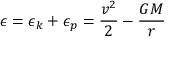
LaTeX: \epsilon = \epsilon _ { k } + \epsilon _ { p } = { \frac { v ^ { 2 } } { 2 } } - { \frac { G M } { r } }